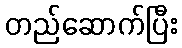
တည်ဆောက်ပြီး